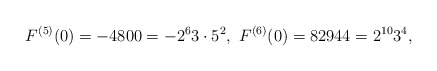
\begin{align*} F^{(5)}(0)=-4800=-2^{6}3\cdot 5^{2},\ F^{(6)}(0)=82944=2^{10}3^{4},\end{align*}